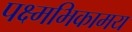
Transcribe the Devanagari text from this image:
पक्ष्मभिकामय